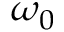
\omega _ { 0 }